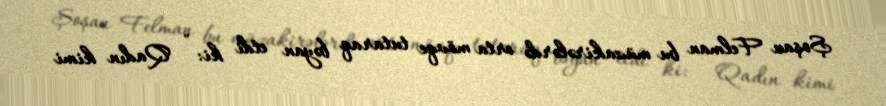
Şoşan Felman bu müzakirələrdə orta mövqe tutaraq bəyan etdi ki: " Qadın kimi